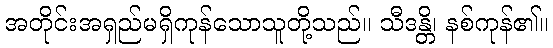
အတိုင်းအရှည်မရှိကုန်သောသူတို့သည်။ သီဒန္တိ၊ နစ်ကုန်၏။